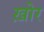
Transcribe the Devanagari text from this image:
ख़ोर